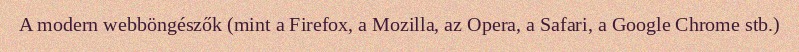
A modern webböngészők (mint a Firefox, a Mozilla, az Opera, a Safari, a Google Chrome stb.)